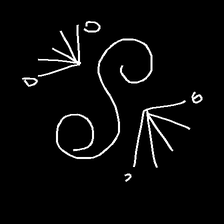
Glyph: aeroform